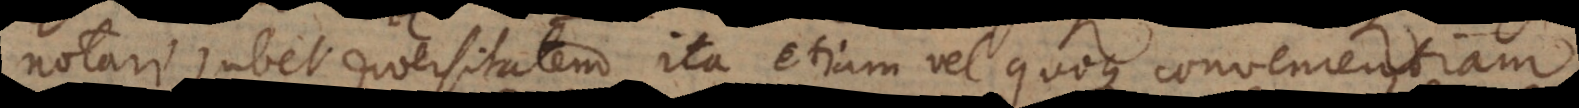
notari jubet diversitatem, ita etiam vel quoque convenientiam.